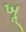
ખૂ